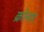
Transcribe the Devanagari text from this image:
क्रोनार